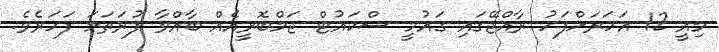
މިއީ 12 އަހަރަށްފަހު ރާއްޖޭގައި ގައުމީ ސްކައުޓް ޖަމްބޮރީއެއް ބާއްވާ ފުރަތަމަ ފަހަރެވެ.